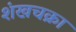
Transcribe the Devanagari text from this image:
शंखचक्रा